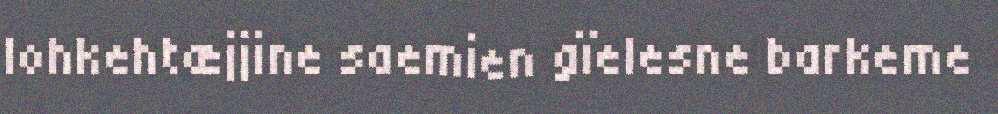
lohkehtæjjine saemien gïelesne barkeme